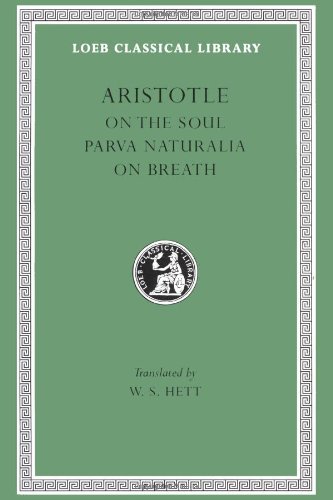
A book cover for Aristotle: On the Soul. Parva Naturalia. On Breath. (Loeb Classical Library No. 288); Aristotle; Medical Books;